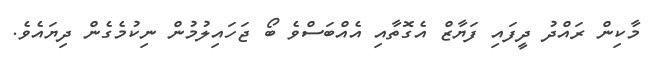
މާކިން ރައްދު ދީފައި ފަޔާޒް އެގޮތާއި އެއްބަސްވެ ބޯ ޖަހައިލުމުން ނިކުމެގެން ދިޔައެވެ.